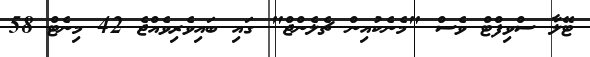
ޓޭލާ ސްވިފްޓް ވެސް "މެނެކުއިން ޗެލެންޖް" ގައި ބައިވެރިވެއްޖެ 42 މިނެޓް 58